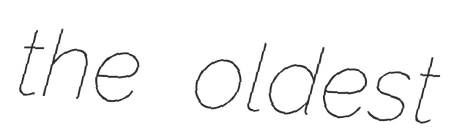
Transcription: the oldest